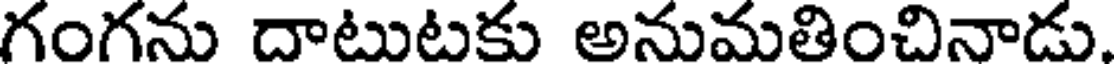
గంగను దాటుటకు అనుమతించినాడు.